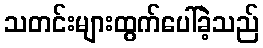
သတင်းများထွက်ပေါ်ခဲ့သည်